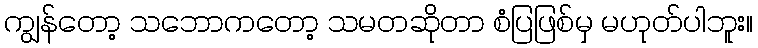
ကျွန်တော့ သဘောကတော့ သမတဆိုတာ စံပြဖြစ်မှ မဟုတ်ပါဘူး။